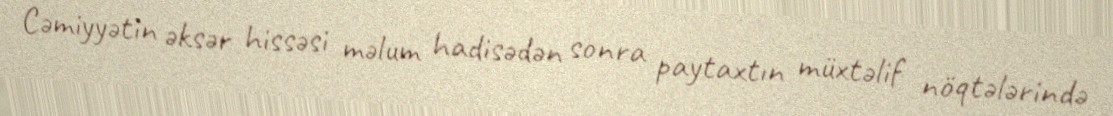
Cəmiyyətin əksər hissəsi məlum hadisədən sonra paytaxtın müxtəlif nöqtələrində